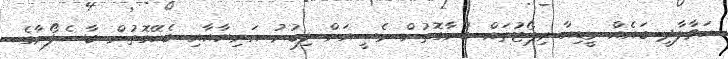
ހަވާލާދީ ބައެއް މީޑިއާ ރިޕޯޓުތައް ބުނާގޮތުން މެސީއަށް ލިބުނު އަނިޔާއާއި ބެހޭގޮތުން ބާސެލޯނާގެ